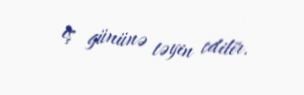
iş gününə təyin edilir.